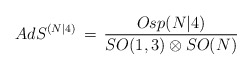
\begin{align*}AdS^{(N|4)}\,=\,\frac{Osp(N\vert 4)}{SO(1,3)\otimes SO(N)}\end{align*}